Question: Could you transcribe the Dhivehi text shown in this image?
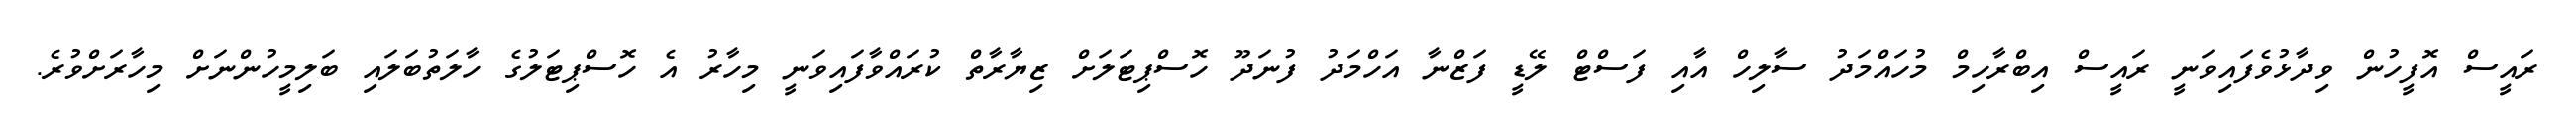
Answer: ރައީސް އޮފީހުން ވިދާޅުވެފައިވަނީ ރައީސް އިބްރާހިމް މުހައްމަދު ސާލިހް އާއި ފަސްޓް ލޭޑީ ފަޒްނާ އަހްމަދު ފުނަދޫ ހޮސްޕިޓަލަށް ޒިޔާރާތް ކުރައްވާފައިވަނީ މިހާރު އެ ހޮސްޕިޓަލުގެ ހާލަތުބަލައި ބަލިމީހުންނަށް މިހާރަށްވުރެ.